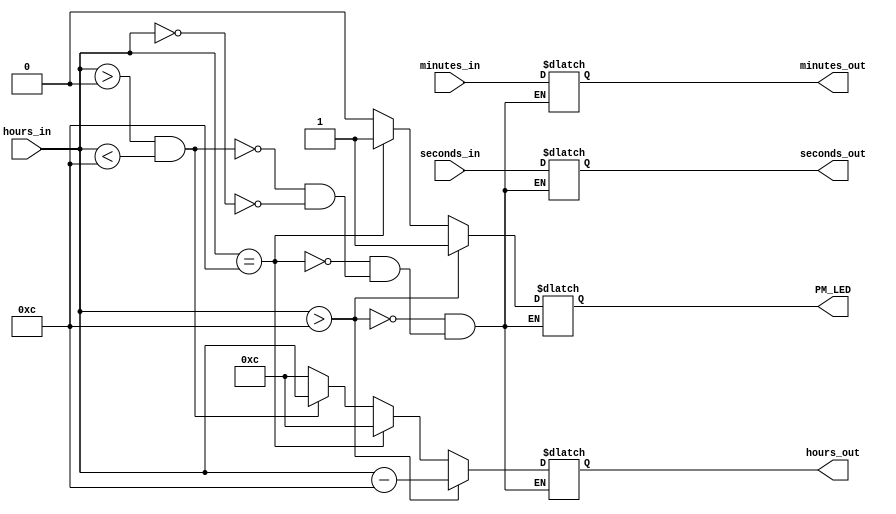
`timescale 1ns / 1ps
//////////////////////////////////////////////////////////////////////////////////
// Company: 
// Engineer: 
// 
// Design Name: 
// Module Name: decoder
// Project Name: 
// Target Devices: 
// Tool Versions: 
// Description: 
// 
// Dependencies: 
// 
// Revision:
// Revision 0.01 - File Created
// Additional Comments:
// 
//////////////////////////////////////////////////////////////////////////////////


module decoder(

input [7:0]hours_in,
input [7:0]minutes_in,
input [7:0]seconds_in,
output reg[7:0]hours_out,
output reg[7:0]minutes_out,
output reg[7:0]seconds_out,
output reg PM_LED
    );
    
always @ (*)begin
    if (hours_in == 0) begin
        hours_out = 12;
        minutes_out = minutes_in;
        seconds_out = seconds_in;
        PM_LED = 0;
    end // end hours_in == 0
    if (hours_in > 0 && hours_in < 12) begin
        hours_out = hours_in;
        minutes_out = minutes_in;
        seconds_out = seconds_in;
        PM_LED = 0;
    end // end hours_in < 12 && >0
    if (hours_in == 12) begin
        hours_out = 12;
        minutes_out = minutes_in;
        seconds_out = seconds_in;
        PM_LED = 1;
    end // end hours_in ==12
    if (hours_in > 12) begin
        hours_out = hours_in - 12;
        minutes_out = minutes_in;
        seconds_out = seconds_in;
        PM_LED = 1;
    end // end hours_in > 12
end // end always
endmodule